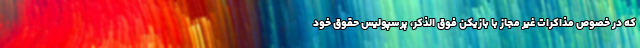
که در خصوص مذاکرات غیر مجاز با بازیکن فوق الذکر، پرسپولیس حقوق خود